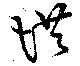
惜